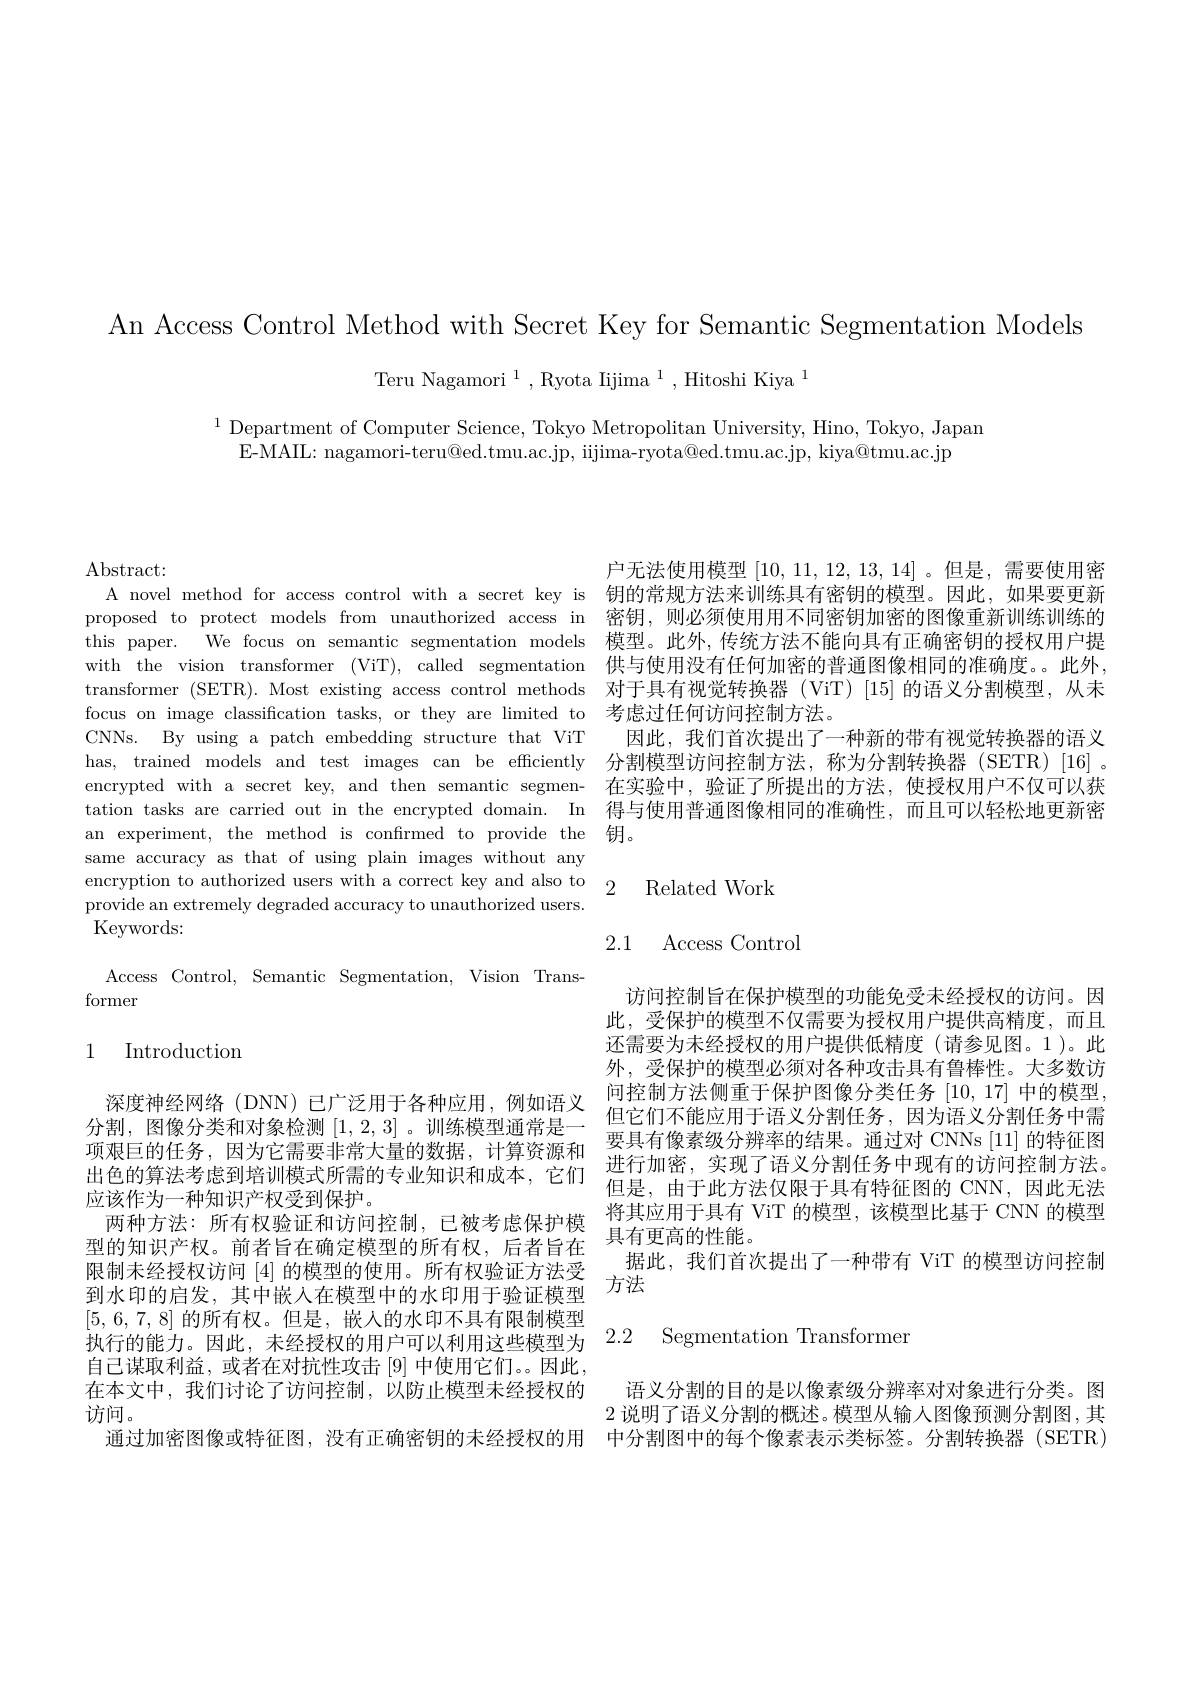
An Access Control Method with Secret Key for Semantic Segmentation Models

Teru Nagamori$^1$,Ryota Iijima$^1$,Hitoshi Kiya$^1$

$^{1}$ Department of Computer Science, Tokyo Metropolitan University, Hino, Tokyo, Japan
E-MAIL: nagamori-teru@ed.tmu.ac.jp, iijima-ryota@ed.tmu.ac.jp, kiya@tmu.ac.jp

$\operatorname{Abstract}:$
an experiment, the method is confirmed to provide the 钥。
same accuracy as that of using plain images without any
encryption to authorized users with a correct key and also to 2 Related Work
provide an extremely degraded accuracy to unauthorized users.
Keywords:

Access Control, Semantic Segmentation, Vision Trans-
former

## 1 Introduction

分割，图像分类和对象检测[1,2,3] 。训练模型通常是一项艰巨的任务，因为它需要非常大量的数据，计算资源和出色的算法考虑到培训模式所需的专业知识和成本，它们应该作为一种知识产权受到保护。
型的知识产权。前者旨在确定模型的所有权，后者旨在到水印的启发，其中嵌人在模型中的水印用于验证模型[5,6,7,8] 的 所 有 权 。但 是 , 嵌 入 的 水 印 不 具 有 限 制 模 型 执 行 的 能 力 。因 此 , 未 经 授 权 的 用 户 可 以 利 用 这 些 模 型 为 2.2 Segmentation Transformer 白 己 泔 呃 刮 关 或 半 女 对 找 性 布 于 [0] 中 佛 田 它 们 甲 此
自己谋取利益，或者在对抗性攻击[9]中使用它们。因此，
在本文中，我们讨论了访问控制，以防止模型未经授权的 语义分割的目的是以像素级分辨率对对象进行分类。图
访问。
通过加密图像或特征图，没有正确密钥的未经授权的用 中分割图中的每个像素表示类标签。分割转换器(SETR)

户无法使用模型[10,11,12,13,14]。但是，需要使用密
A novel method for access control with a secret key is 钥的常规方法来训练具有密钥的模型。因此，如果要更新proposed to protect models from unauthorized access in 密钥，则必须使用用不同密钥加密的图像重新训练训练的this paper. We focus on semantic segmentation models 模型。此外，传统方法不能向具有正确密钥的授权用户提with the vision transformer (ViT), called segmentation 供与使用没有任何加密的普通图像相同的准确度。此外， transformer (SETR). Most existing access control methods 对于具有视觉转换器 (ViT) [15] 的语义分割模型，从未focus on image classification tasks, or they are limited to 考虑过任何访问控制方法。
CNNs. By using a patch embedding structure that VíT 因此，我们首次提出了一种新的带有视觉转换器的语义has, trained models and test images can be effciently 分割模型访问控制方法，称为分割转换器 (SETR)[16] 。encrypted with a secret key, and then semantic segmen- 在实验中，验证了所提出的方法，使授权用户不仅可以获tation tasks are carried out in the encrypted domain. In 得与使用普通图像相同的准确性，而且可以轻松地更新密

# 2.1 Access Control

访问控制旨在保护模型的功能免受未经授权的访问。因此，受保护的模型不仅需要为授权用户提供高精度，而且还需要为未经授权的用户提供低精度(请参见图。1)。此外，受保护的模型必须对各种攻击具有鲁棒性。大多数访
深度神经网络(DNN) 已广泛用于各种应用，例如语义$\begin{array}{c}\text{问控制方法侧重于保护图像分类任务}[10,17]\\\text{问控制方法侧重于保护图像分类任务}[10,17]\end{array}$中的模型
但它们不能应用于语义分割任务，因为语义分割任务中需要具有像素级分辨率的结果。通过对 CNNs [11] 的特征图进行加密，实现了语义分割任务中现有的访问控制方法。但是，由于此方法仅限于具有特征图的 CNN,因此无法
两种方法：所有权验证和访问控制，已被考虑保护模$\begin{array}{c}\text{将其应用于具有 ViT 的模型，该模型比基于 CNN 的模型}\\\text{两种方法：所有权验证和访问控制，已被考虑保护模}\\\text{目右面言的州能}\end{array}$
具有更高的性能。
限制未经授权访问[4]的模型的使用。所有权验证方法受$\underset\text{一次}{\operatorname*{\text{据此，我们首次提出了一种带有 ViT 的模型访问控制}}}$
方法

2 说明了语义分割的概述。模型从输人图像预测分割图，其